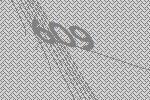
609